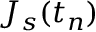
J _ { s } ( t _ { n } )